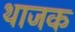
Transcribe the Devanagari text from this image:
थाजक